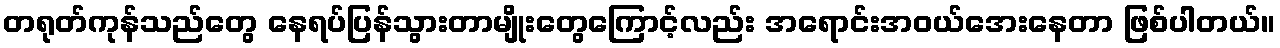
တရုတ်ကုန်သည်တွေ နေရပ်ပြန်သွားတာမျိုးတွေကြောင့်လည်း အရောင်းအဝယ်အေးနေတာ ဖြစ်ပါတယ်။